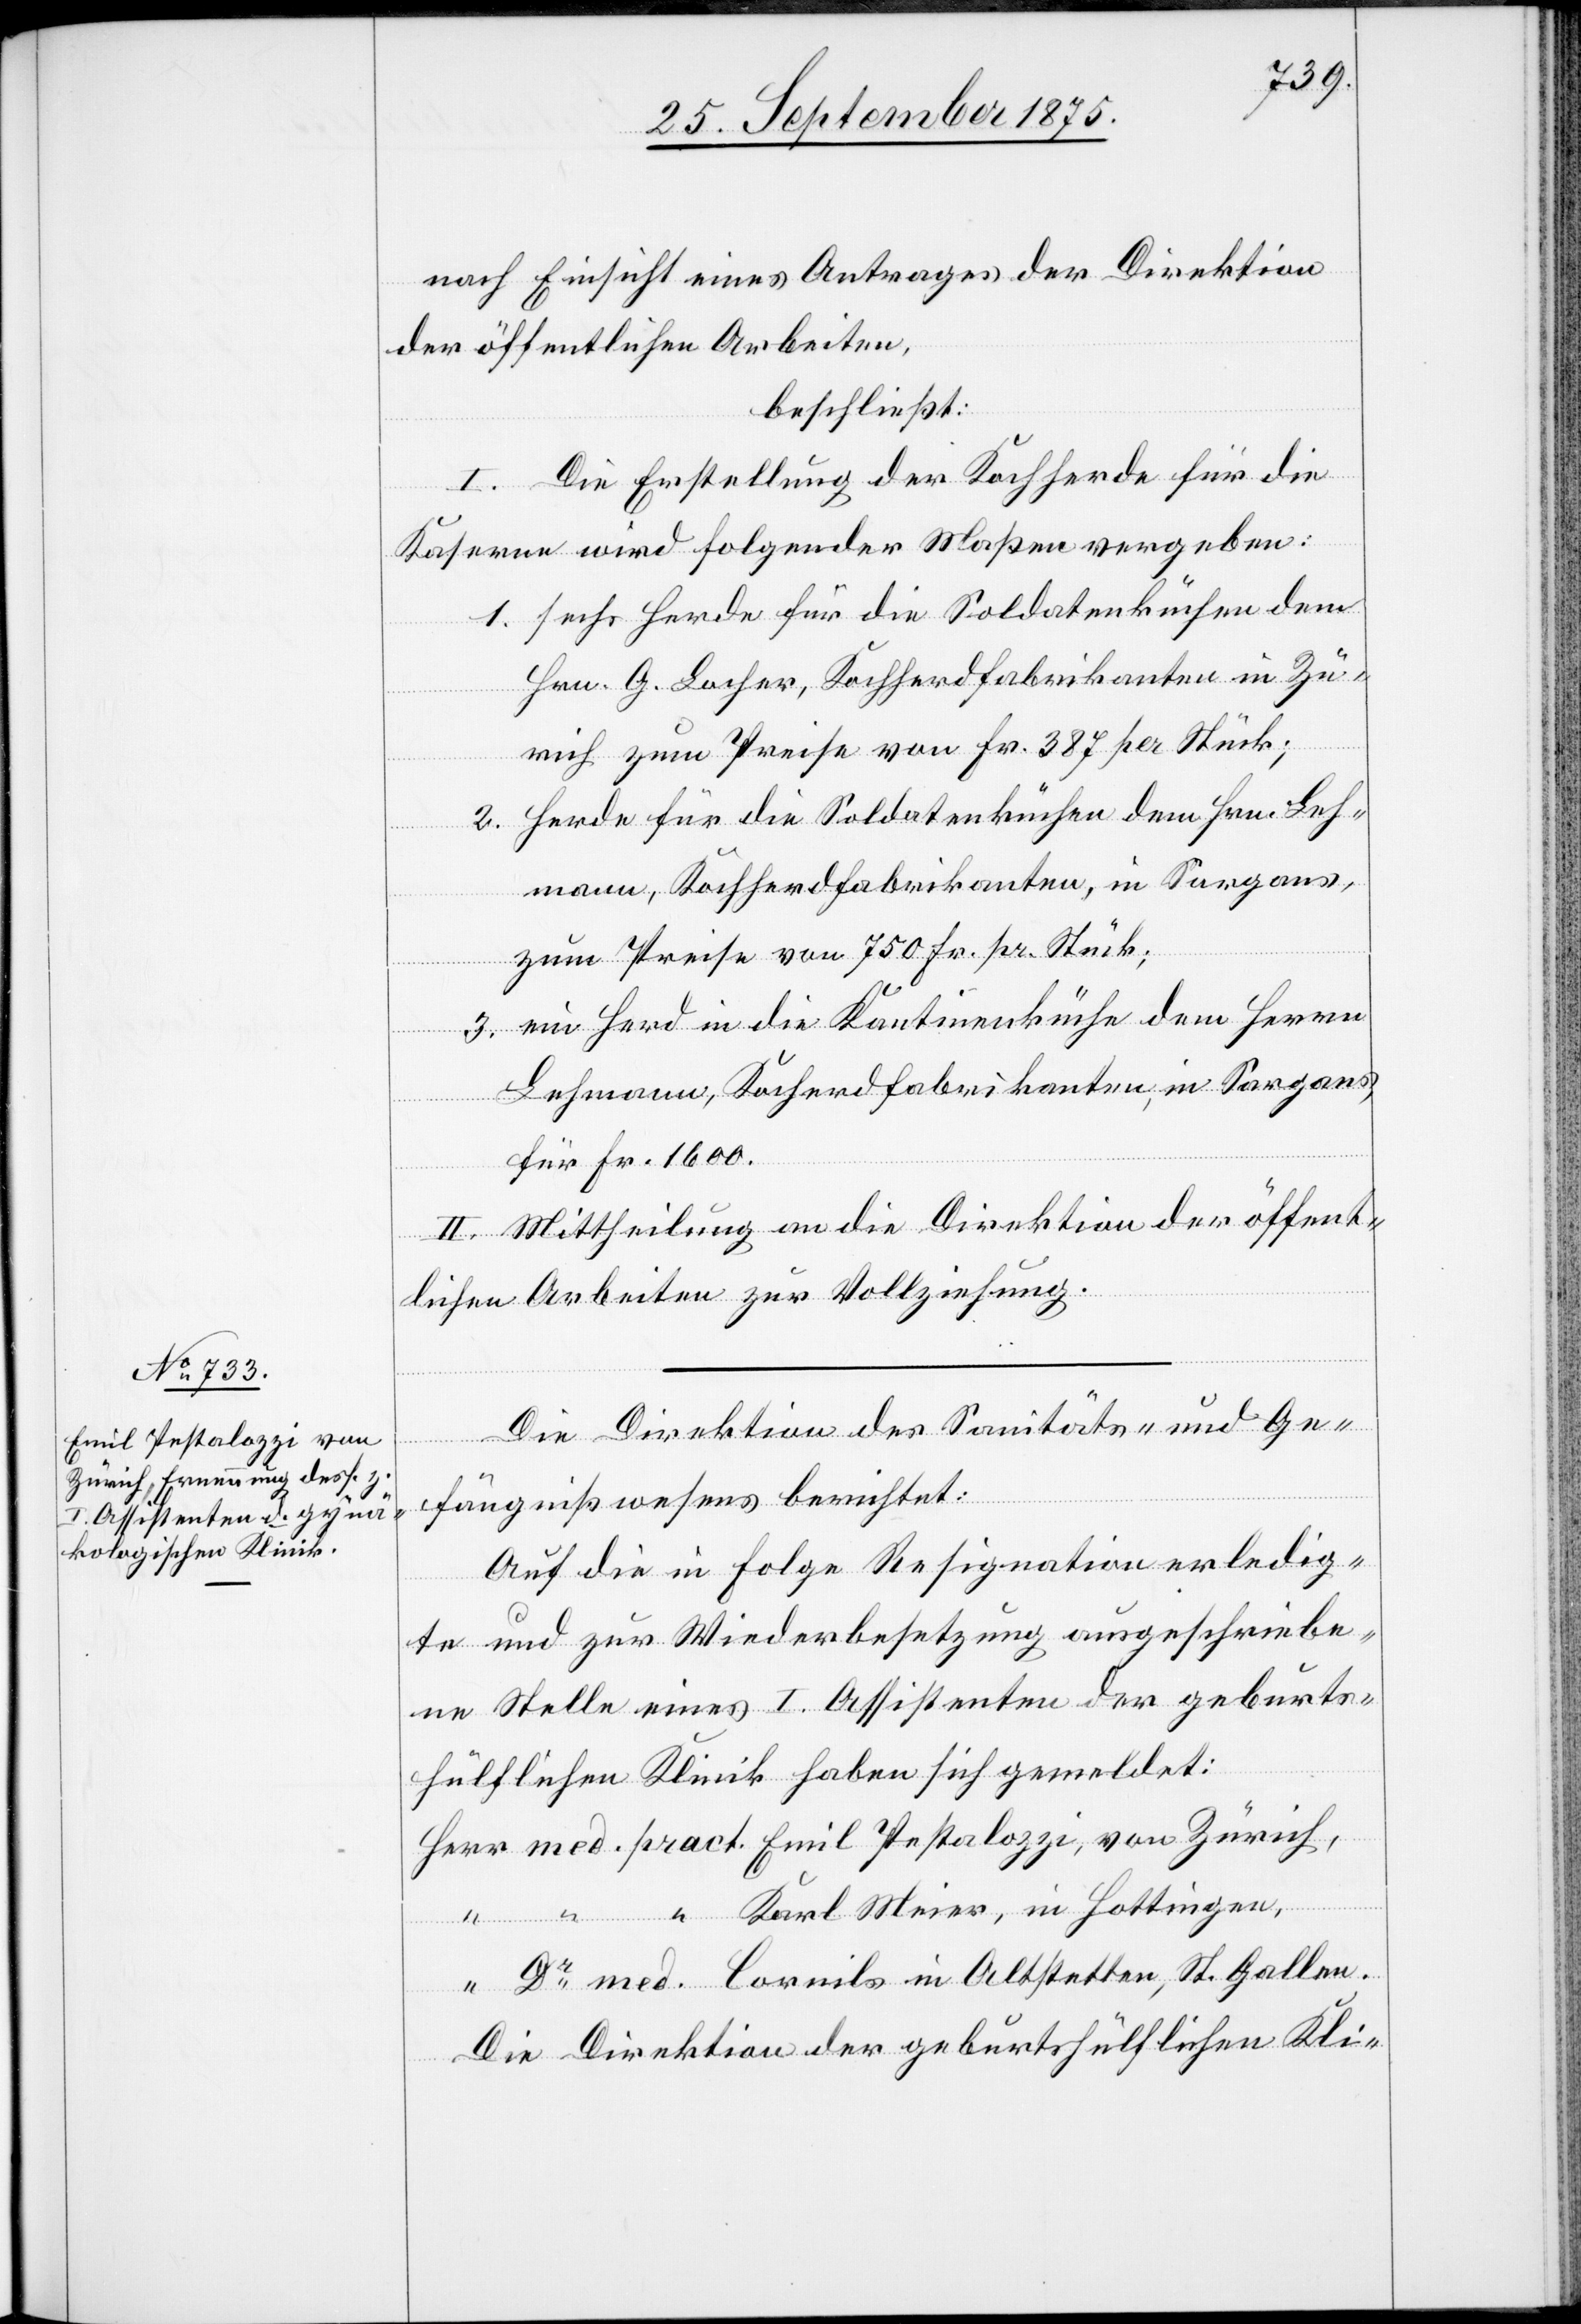
Emil Pestalozzi, von
2.

med.

nach Einsicht eines Antrages der Direktion
der öffentlichen Arbeiten,
beschließt:
I. Die Erstellung der Kochherde für die
Kaserne wird folgender Maßen vergeben:
1. sechs Herde für die Soldatenküchen dem
Hrn. G. Locher, Kochherdfabrikanten in Zü¬
rich zum Preise von Fr. 387 per Stück;
wei] Herde für die Soldatenküchen dem Hrn. Leh¬
mann, Kochherdfabrikanten, in Sargans,
zum Preise von 750 Fr. pr. Stück;
3. ein Herd in die Kantinenküche dem Herrn
Lehmann, Koch[h]erdfabrikanten, in Sargans,
für Fr. 1600.
II. Mittheilung an die Direktion der öffent¬
lichen Arbeiten zur Vollziehung.
Die Direktion des Sanitäts- und Ge¬
fängnißwesens berichtet:
Auf die in Folge Resignation erledig¬
te und zur Wiederbesetzung ausgeschriebe¬
ne Stelle eines I. Assistenten der geburts¬
hülflichen Klinik haben sich gemeldet:
Karl Meier, in Hottingen,
Cornils in Altstetten, St.Gallen.
Die Direktion der geburtshülflichen Kli-